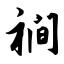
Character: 裥